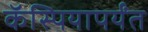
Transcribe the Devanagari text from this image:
कॅस्पियापर्यंत